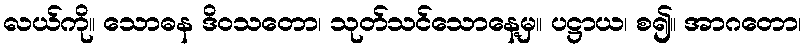
လယ်ကို။ သောဓန ဒိဝသတော၊ သုတ်သင်သောနေ့မှ။ ပဋ္ဌာယ၊ စ၍။ အာဂတော၊